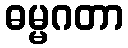
ဓမ္မဂတာ